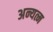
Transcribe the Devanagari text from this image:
अन्यत्म